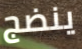
ينضج